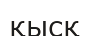
қысқ